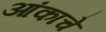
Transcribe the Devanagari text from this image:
आंकाचे